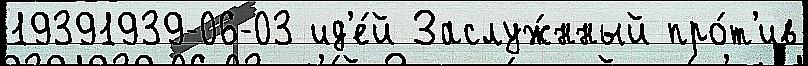
19391939-06-03 ид'е́й Заслуж́нный про́т'ив